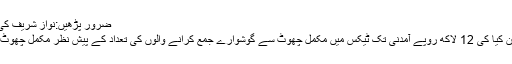
ضرور پڑھیں:نواز شریف کی والدہ کا جذباتی بیان
وزیر خزانہ نے اعلان کیا کی 12 لاکھ روپے آمدنی تک ٹیکس میں مکمل چھوٹ سے گوشوارے جمع کرانے والوں کی تعداد کے پیش نظر مکمل چھوٹ ختم کی جا رہی ہے۔